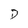
Character: D